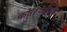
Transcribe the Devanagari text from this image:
कोरियेंटीयज़